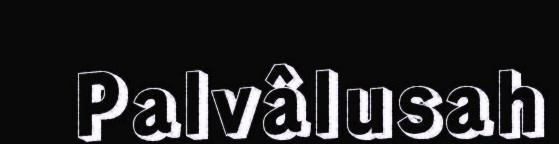
Palvâlusah